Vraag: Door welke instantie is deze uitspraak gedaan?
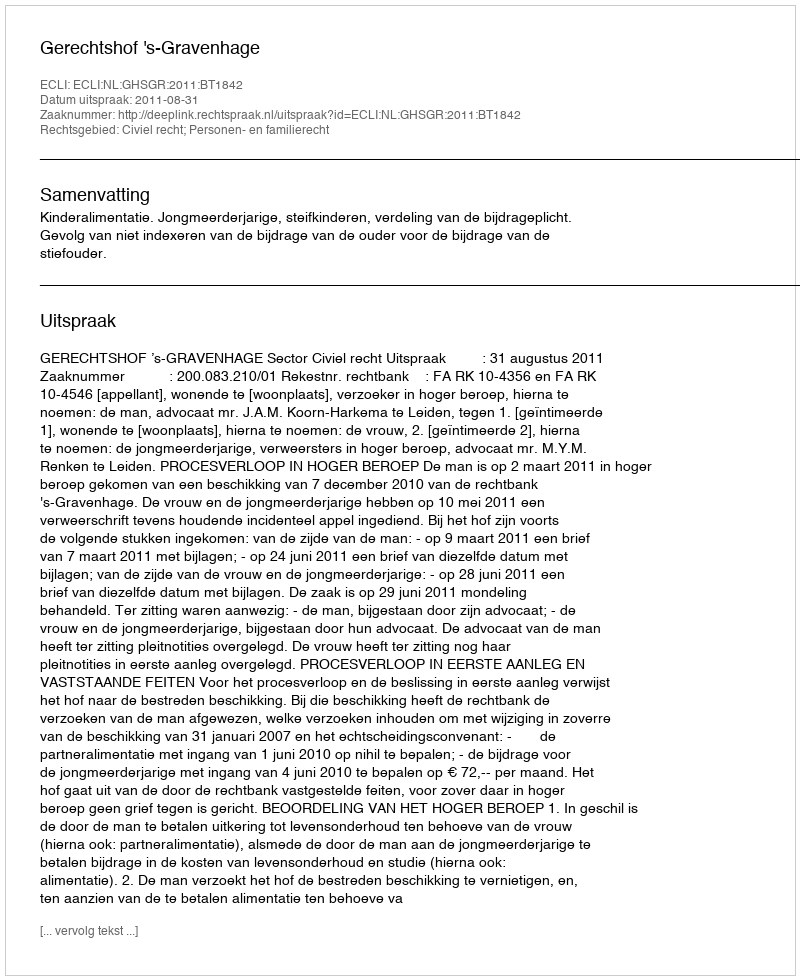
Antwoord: Gerechtshof 's-Gravenhage